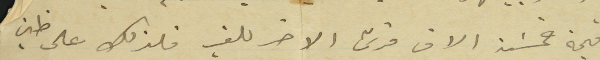
قيمة خمسَة الاف قرش الاخر للغير فلذلك على ظني